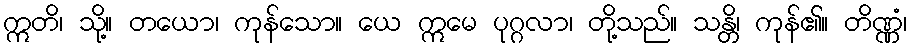
ဣတိ၊ သို့။ တယော၊ ကုန်သော။ ယေ ဣမေ ပုဂ္ဂလာ၊ တို့သည်။ သန္တိ၊ ကုန်၏။ တိဏ္ဏံ၊